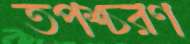
তপশ্চরণ